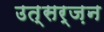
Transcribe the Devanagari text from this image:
उत्सर्ज़न